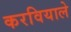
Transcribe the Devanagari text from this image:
करवियाले